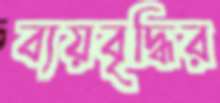
ব্যয়বৃদ্ধির